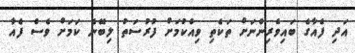
އަދި ފެއާގެ ބައިވެރިންނަށް ތަކެތި ވިއްކުމަށް ފުރުސަތު ލިބޭނެ ކަމަށް ވެސް ފެއާ